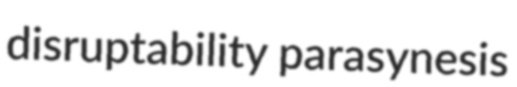
disruptability parasynesis